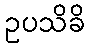
ဥပသိခိ